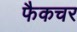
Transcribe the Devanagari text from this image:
फैकचर